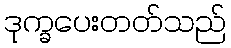
ဒုက္ခပေးတတ်သည်